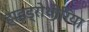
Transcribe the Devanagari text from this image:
हाइड्रोथीरिया